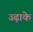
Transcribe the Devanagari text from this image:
उढ़ाके